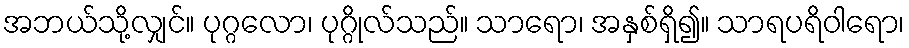
အဘယ်သို့လျှင်။ ပုဂ္ဂလော၊ ပုဂ္ဂိုလ်သည်။ သာရော၊ အနှစ်ရှိ၍။ သာရပရိဝါရော၊